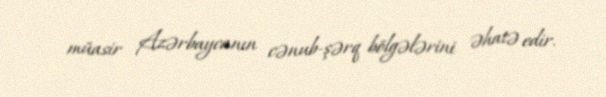
müasir Azərbaycanın cənub-şərq bölgələrini əhatə edir.